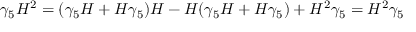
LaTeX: \gamma _ { 5 } H ^ { 2 } = ( \gamma _ { 5 } H + H \gamma _ { 5 } ) H - H ( \gamma _ { 5 } H + H \gamma _ { 5 } ) + H ^ { 2 } \gamma _ { 5 } = H ^ { 2 } \gamma _ { 5 }